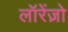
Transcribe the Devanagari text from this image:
लॉरेंज़ो